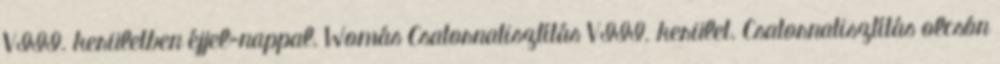
VIII. kerületben éjjel-nappal. Womás Csatornatisztítás VIII. kerület. Csatornatisztítás olcsón